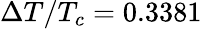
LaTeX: \Delta T/T_{c}=0.3381